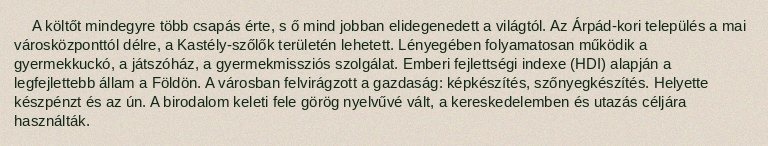
A költőt mindegyre több csapás érte, s ő mind jobban elidegenedett a világtól. Az Árpád-kori település a mai városközponttól délre, a Kastély-szőlők területén lehetett. Lényegében folyamatosan működik a gyermekkuckó, a játszóház, a gyermekmissziós szolgálat. Emberi fejlettségi indexe (HDI) alapján a legfejlettebb állam a Földön. A városban felvirágzott a gazdaság: képkészítés, szőnyegkészítés. Helyette készpénzt és az ún. A birodalom keleti fele görög nyelvűvé vált, a kereskedelemben és utazás céljára használták.